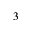
3